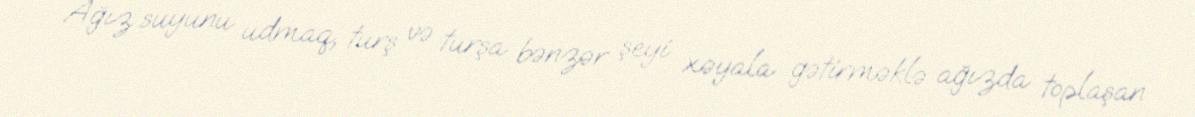
Ağız suyunu udmaq, turş və turşa bənzər şeyi xəyala gətirməklə ağızda toplaşan